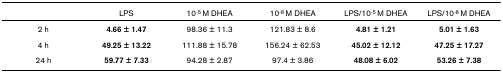
<table><thead><tr><td></td><td><b>LPS</b></td><td><b>10<sup>-5 </sup>M DHEA</b></td><td><b>10<sup>-8 </sup>M DHEA</b></td><td><b>LPS/10<sup>-5 </sup>M DHEA</b></td><td><b>LPS/10<sup>-8 </sup>M DHEA</b></td></tr></thead><tbody><tr><td>2 h</td><td><b>4.66 ± 1.47</b></td><td>98.36 ± 11.3</td><td>121.83 ± 8.6</td><td><b>4.81 ± 1.21</b></td><td><b>5.01 ± 1.63</b></td></tr><tr><td>4 h</td><td><b>49.25 ± 13.22</b></td><td>111.88 ± 15.78</td><td>156.24 ± 62.53</td><td><b>45.02 ± 12.12</b></td><td><b>47.25 ± 17.27</b></td></tr><tr><td>24 h</td><td><b>59.77 ± 7.33</b></td><td>94.28 ± 2.87</td><td>97.4 ± 3.86</td><td><b>48.08 ± 6.02</b></td><td><b>53.26 ± 7.38</b></td></tr></tbody></table>